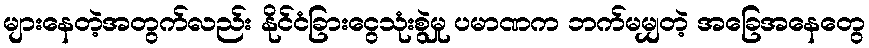
များနေတဲ့အတွက်လည်း နိုင်ငံခြားငွေသုံးစွဲမှု ပမာဏက ဘက်မမျှတဲ့ အခြေအနေတွေ